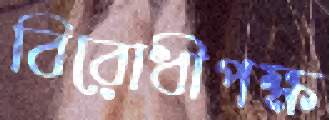
বিরোধীপক্ষ